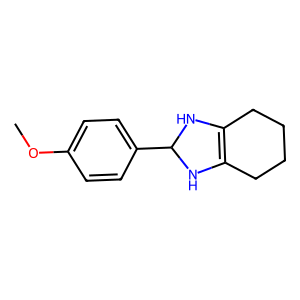
SMILES: COc1ccc(C2NC3=C(CCCC3)N2)cc1
Inhibits HIV replication: No